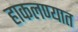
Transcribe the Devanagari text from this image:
हाकलण्यात